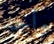
وأجد